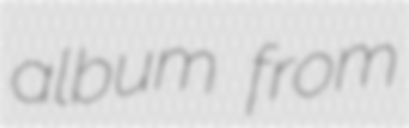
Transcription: album from